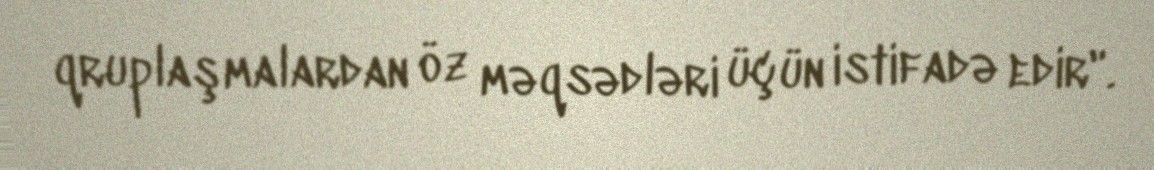
qruplaşmalardan öz məqsədləri üçün istifadə edir".